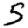
Digit: 5